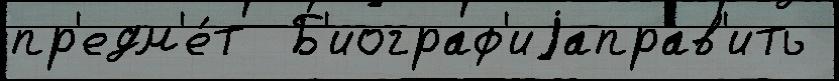
пр'едм'е́т  Б'иограф'иjаправ'ить